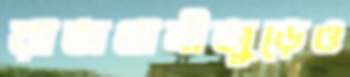
রাজধানীজুড়েও